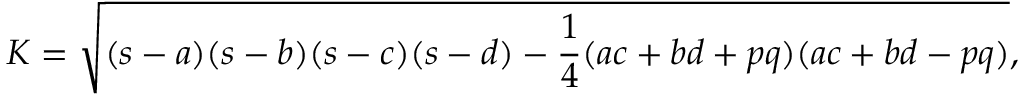
K = { \sqrt { ( s - a ) ( s - b ) ( s - c ) ( s - d ) - { \frac { 1 } { 4 } } ( a c + b d + p q ) ( a c + b d - p q ) } } ,